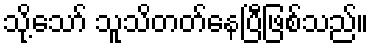
သို့သော် သူသိတတ်နေပြီဖြစ်သည်။